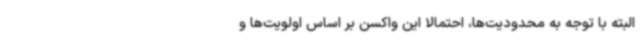
البته با توجه به محدودیت‌ها، احتمالا این واکسن بر اساس اولویت‌ها و